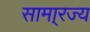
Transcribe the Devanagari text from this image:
सामा्रज्य